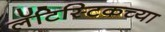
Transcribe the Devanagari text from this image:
लॅटिस्टिकच्या